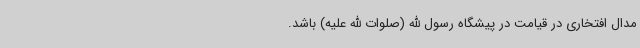
مدال افتخاری در قیامت در پیشگاه رسول الله (صلوات الله علیه) باشد.